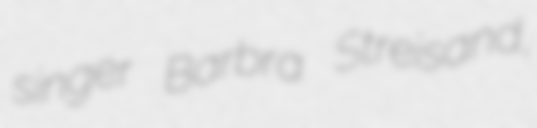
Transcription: singer Barbra Streisand,